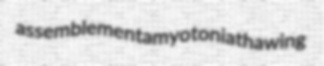
assemblement amyotonia thawing